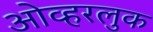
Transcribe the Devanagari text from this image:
ओव्हरलुक